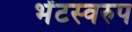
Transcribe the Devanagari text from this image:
भेंटस्‍वरुप